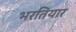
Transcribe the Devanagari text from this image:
भरतियार